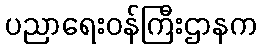
ပညာရေးဝန်ကြီးဌာနက